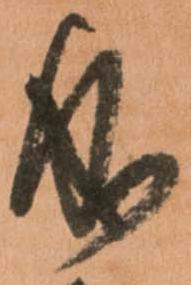
成